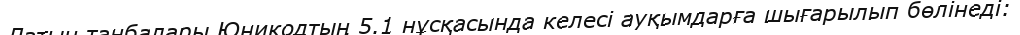
Латын таңбалары Юникодтың 5.1 нұсқасында келесі ауқымдарға шығарылып бөлінеді: